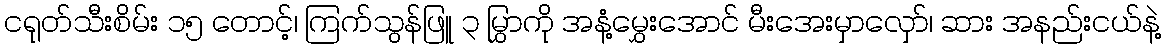
ငရုတ်သီးစိမ်း ၁၅ တောင့်၊ ကြက်သွန်ဖြူ ၃ မြွှာကို အနံ့မွှေးအောင် မီးအေးမှာလှော်၊ ဆား အနည်းငယ်နဲ့